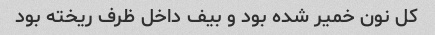
کل نون خمیر شده بود و بیف داخل ظرف ریخته بود